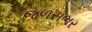
જળસભર